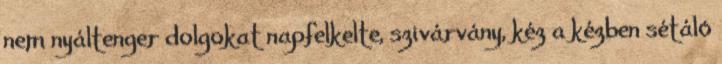
nem nyáltenger dolgokat napfelkelte, szivárvány, kéz a kézben sétáló